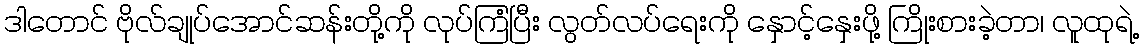
ဒါတောင် ဗိုလ်ချုပ်အောင်ဆန်းတို့ကို လုပ်ကြံပြီး လွတ်လပ်ရေးကို နှောင့်နှေးဖို့ ကြိုးစားခဲ့တာ၊ လူထုရဲ့